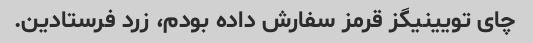
چای تویینیگز قرمز سفارش داده بودم، زرد فرستادین.